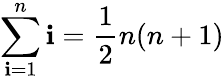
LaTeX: \sum\limits_{\mathbf{i}=1}^{n}\mathbf{i}=\frac{{1}}{{2}}n(n+1)